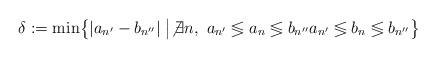
LaTeX: \begin{align*}\delta := \min \bigl\{|a_{n'} - b_{n''}| \bigm| \not\exists n, \ a_{n'} \lessgtr a_n \lessgtr b_{n''} a_{n'} \lessgtr b_n \lessgtr b_{n''} \bigr\}\end{align*}